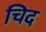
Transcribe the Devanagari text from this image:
चिद